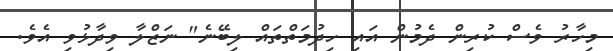
މިހާރު ވެސް ކުރިން ދެމުން އައި ހިދުމަތްތައް ލިބޭނެ" ނަޒްލާ ވިދާޅުވި އެވެ.